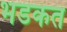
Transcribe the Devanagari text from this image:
भडकत